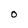
Character: O